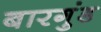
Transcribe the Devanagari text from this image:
बारगुंड